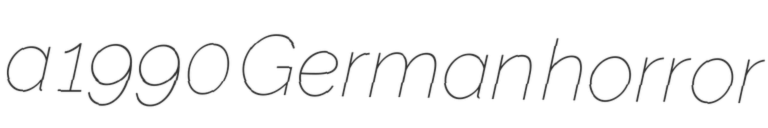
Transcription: a 1990 German horror